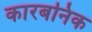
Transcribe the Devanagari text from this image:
कारबनिक